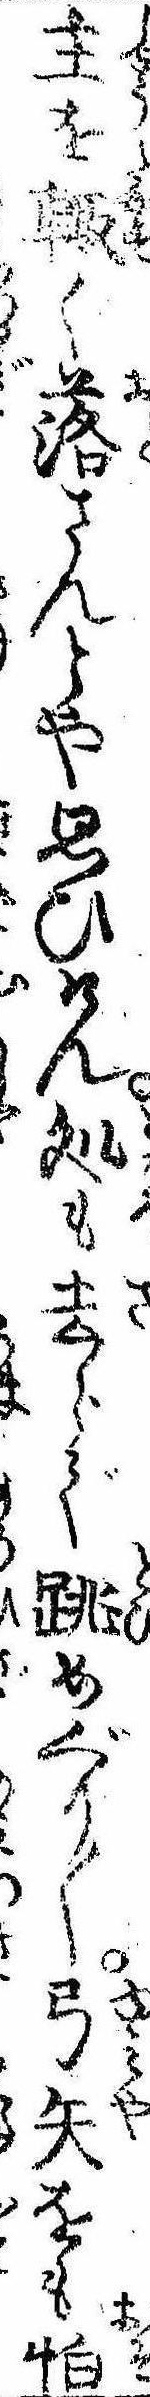
主を輙く落さんとや思ひけん処も去らで跳めぐり〱弓矢をも怕